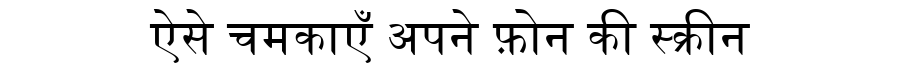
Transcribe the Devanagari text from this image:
ऐसे चमकाएँ अपने फ़ोन की स्क्रीन